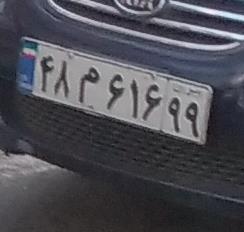
۴۸م۶۱۶۹۹